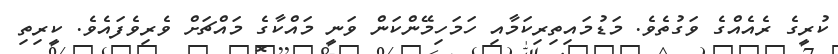
ކުރީގެ ރެއެއްގެ ވަގުތެވެ. މަޑުމައިތިރިކަމާއި ހަމަހިމޭންކަން ވަނީ މައްކާގެ މައްޗަށް ވެރިވެފައެވެ. ކީރިތި